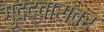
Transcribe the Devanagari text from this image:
गुदद्वारावर